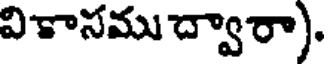
వికాసము ద్వారా).